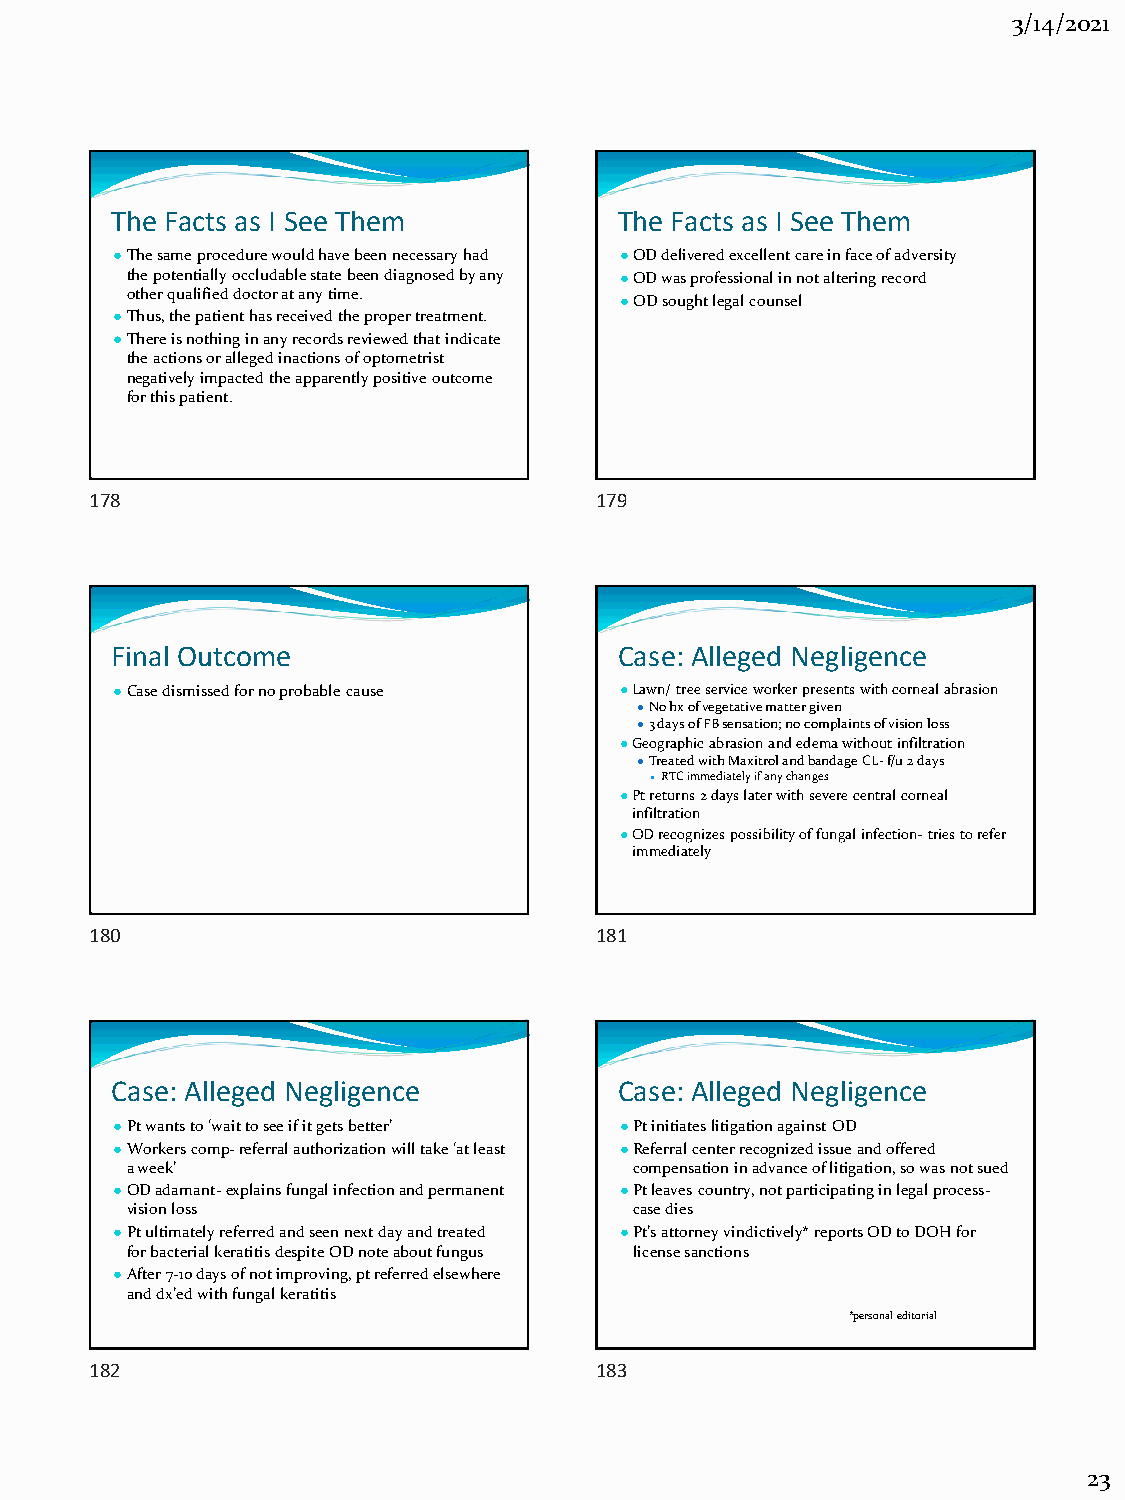
3/14/2021
 The Facts as I See Them           The Facts as I See Them
 ●The same procedure would have been necessary had ●OD delivered excellent care in face of adversity
 the potentially occludable state been diagnosed by any ●OD was professional in not altering record
 other qualified doctor at any time.
 ●OD sought legal counsel
 ●Thus, the patient has received the proper treatment.
 ●There is nothing in any records reviewed that indicate
 the actions or alleged inactions of optometrist
 negatively impacted the apparently positive outcome
 for this patient.
 178                              179
 Final Outcome                     Case: Alleged Negligence
 ●Case dismissed for no probable cause ●Lawn/ tree service worker presents with corneal abrasion
 ●No hx of vegetative matter given
 ●3 days of FB sensation; no complaints of vision loss
 ●Geographic abrasion and edema without infiltration
 ●Treated with Maxitrol and bandage CL-f/u 2 days
 ●RTC immediately if any changes
 ●Pt returns 2 days later with severe central corneal
 infiltration
 ●OD recognizes possibility of fungal infection-tries to refer
 immediately
 180                              181
 Case: Alleged Negligence          Case: Alleged Negligence
 ●Pt wants to ‘wait to see if it gets better’ ●Pt initiates litigation against OD
 ●Workers comp-referral authorization will take ‘at least ●Referral center recognized issue and offered
 a week’                           compensation in advance of litigation, so was not sued
 ●OD adamant-explains fungal infection and permanent ●Pt leaves country, not participating in legal process-
 vision loss                       case dies
 ●Pt ultimately referred and seen next day and treated ●Pt’s attorney vindictively* reports OD to DOH for
 for bacterial keratitis despite OD note about fungus license sanctions
 ●After 7-10 days of not improving, pt referred elsewhere
 and dx’ed with fungal keratitis
 *personal editorial
 182                              183
 23